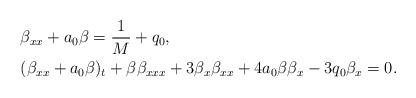
LaTeX: \begin{align*}&\beta_{xx}+a_0\beta=\frac{1}{M}+q_0, \\&(\beta_{xx}+a_0\beta)_t+\beta \beta_{xxx}+3\beta_x\beta_{xx}+4a_0\beta\beta_x-3q_0\beta_x=0.\end{align*}